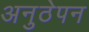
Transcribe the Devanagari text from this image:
अनुठेपन